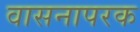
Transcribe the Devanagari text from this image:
वासनापरक